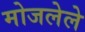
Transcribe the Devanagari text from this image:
मोजलेले